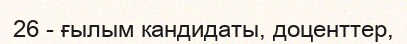
26 - ғылым кандидаты, доценттер,